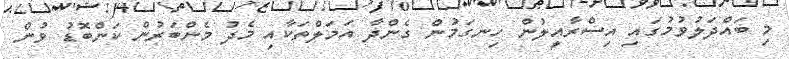
މި ބައްދަލުވުމުގައި އިސްރާއީލުން ހިނގަމުން ގެންދާ އަމަލްތަކާއި މެދު މެންބަރުން ކަންބޮޑު ވުން